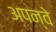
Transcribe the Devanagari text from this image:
अपन्वे